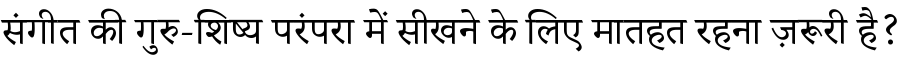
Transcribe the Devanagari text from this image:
संगीत की गुरु-शिष्य परंपरा में सीखने के लिए मातहत रहना ज़रूरी है?